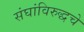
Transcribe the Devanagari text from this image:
संघांविरुद्धचे